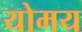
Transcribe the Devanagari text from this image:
योमय